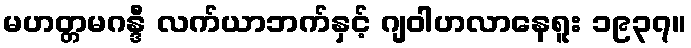
မဟတ္တမဂန္ဒီ လက်ယာဘက်နှင့် ဂျဝါဟလာနေရူး ၁၉၃၇။